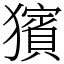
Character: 獱